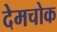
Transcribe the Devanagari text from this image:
देमचोक